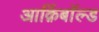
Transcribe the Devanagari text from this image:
आर्क़िबाॅल्ड